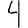
Digit: 4